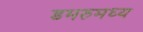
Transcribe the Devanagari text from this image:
डमरुमध्य